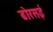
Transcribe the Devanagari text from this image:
ढोरसई